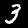
Label: 3